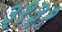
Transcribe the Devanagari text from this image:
३१३१